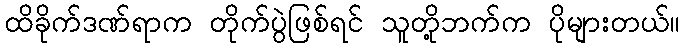
ထိခိုက်ဒဏ်ရာက တိုက်ပွဲဖြစ်ရင် သူတို့ဘက်က ပိုများတယ်။